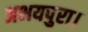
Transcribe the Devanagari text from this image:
अभयपुरा।